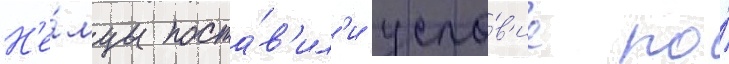
Н'е́мцы поста́в'ил'и усло́в'ие по́